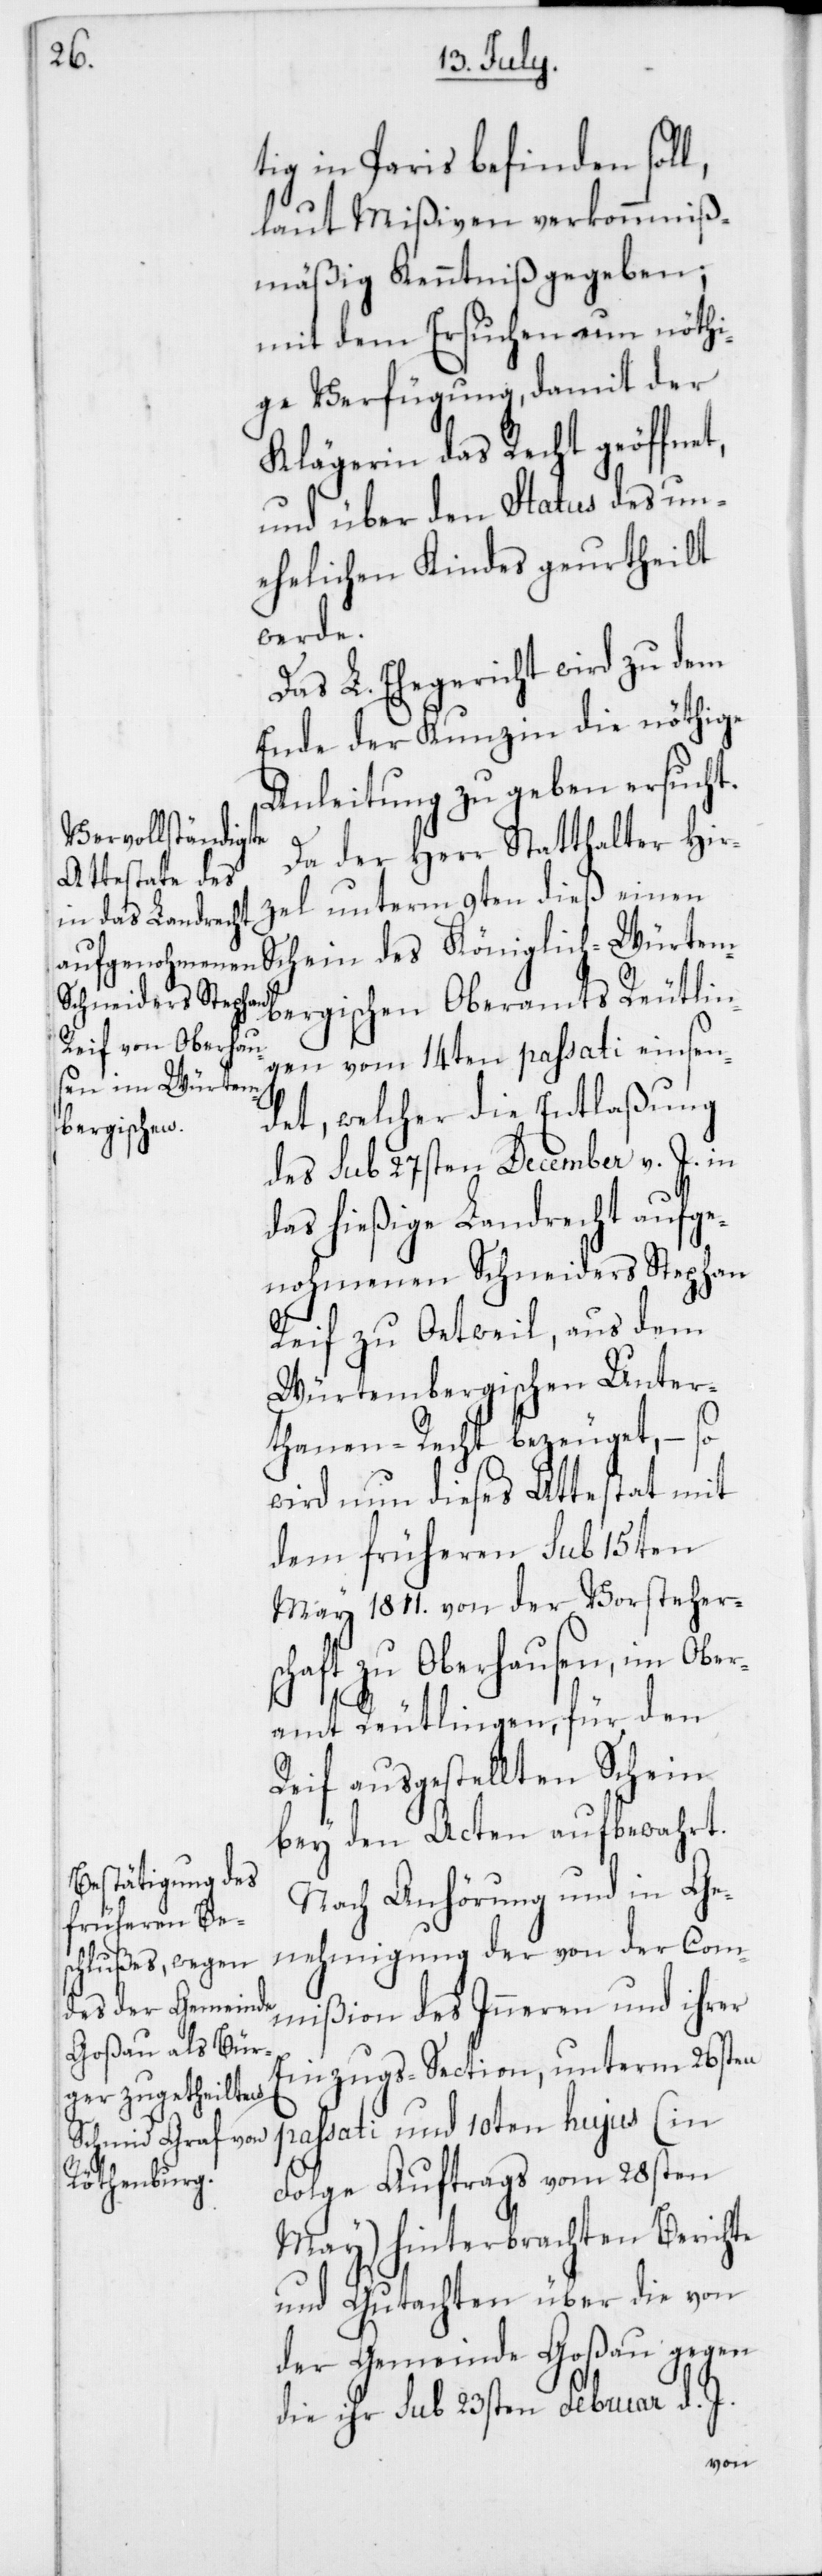
l,

tig in Paris befinden sol¬
laut Mißiven verkommniß¬
mäßig Kenntniß gegeben;
mit dem Ersuchen um nöthi¬
ge Verfügung, damit der
Klägerin das Recht geöffnet,
und über den Status des un¬
ehelichen Kindes geurtheilt
werde.
Das L. Ehegericht wird zu dem
Ende der Kunzin die nöthige
Anleitung zu geben ersucht.
Da der Herr Statthalter Hir¬
zel unterm 9ten dieß einen
Schein des Königlich-Würtem¬
bergischen Oberamts Reutlin¬
gen vom 14ten passati einsen¬
det, welcher die Entlaßung
des sub 27sten December v. J. in
das hießige Landrecht aufge¬
nohmenen Schneiders Stephan
Reif zu Oetweil, aus dem
Würtembergischen Unter¬
tanen-Recht bezeuget, – so
wird nun dieses Attestat mit
dem früheren sub 15ten
May 1811. von der Vorstehers¬
chaft zu Oberhausen, im Ober¬
amt Reutlingen, für den
Reif ausgestellten Schein
bey den Acten aufbewahrt.
Nach Anhörung und in Ge¬
nehmigung der von der Com¬
mißion des Inneren und ihrer
Einzugs-Section, unterm 26sten
passati und 10ten hujus (in
Folge Auftrags vom 28sten
May) hinterbrachten Berichte
und Gutachten über die von
der Gemeinde Goßau gegen
die ihr sub 23sten Februar d. J.